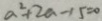
a ^ { 2 } + 2 a - 1 5 = 0